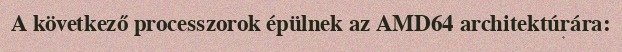
A következő processzorok épülnek az AMD64 architektúrára: